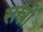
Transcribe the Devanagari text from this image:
सस्त्री